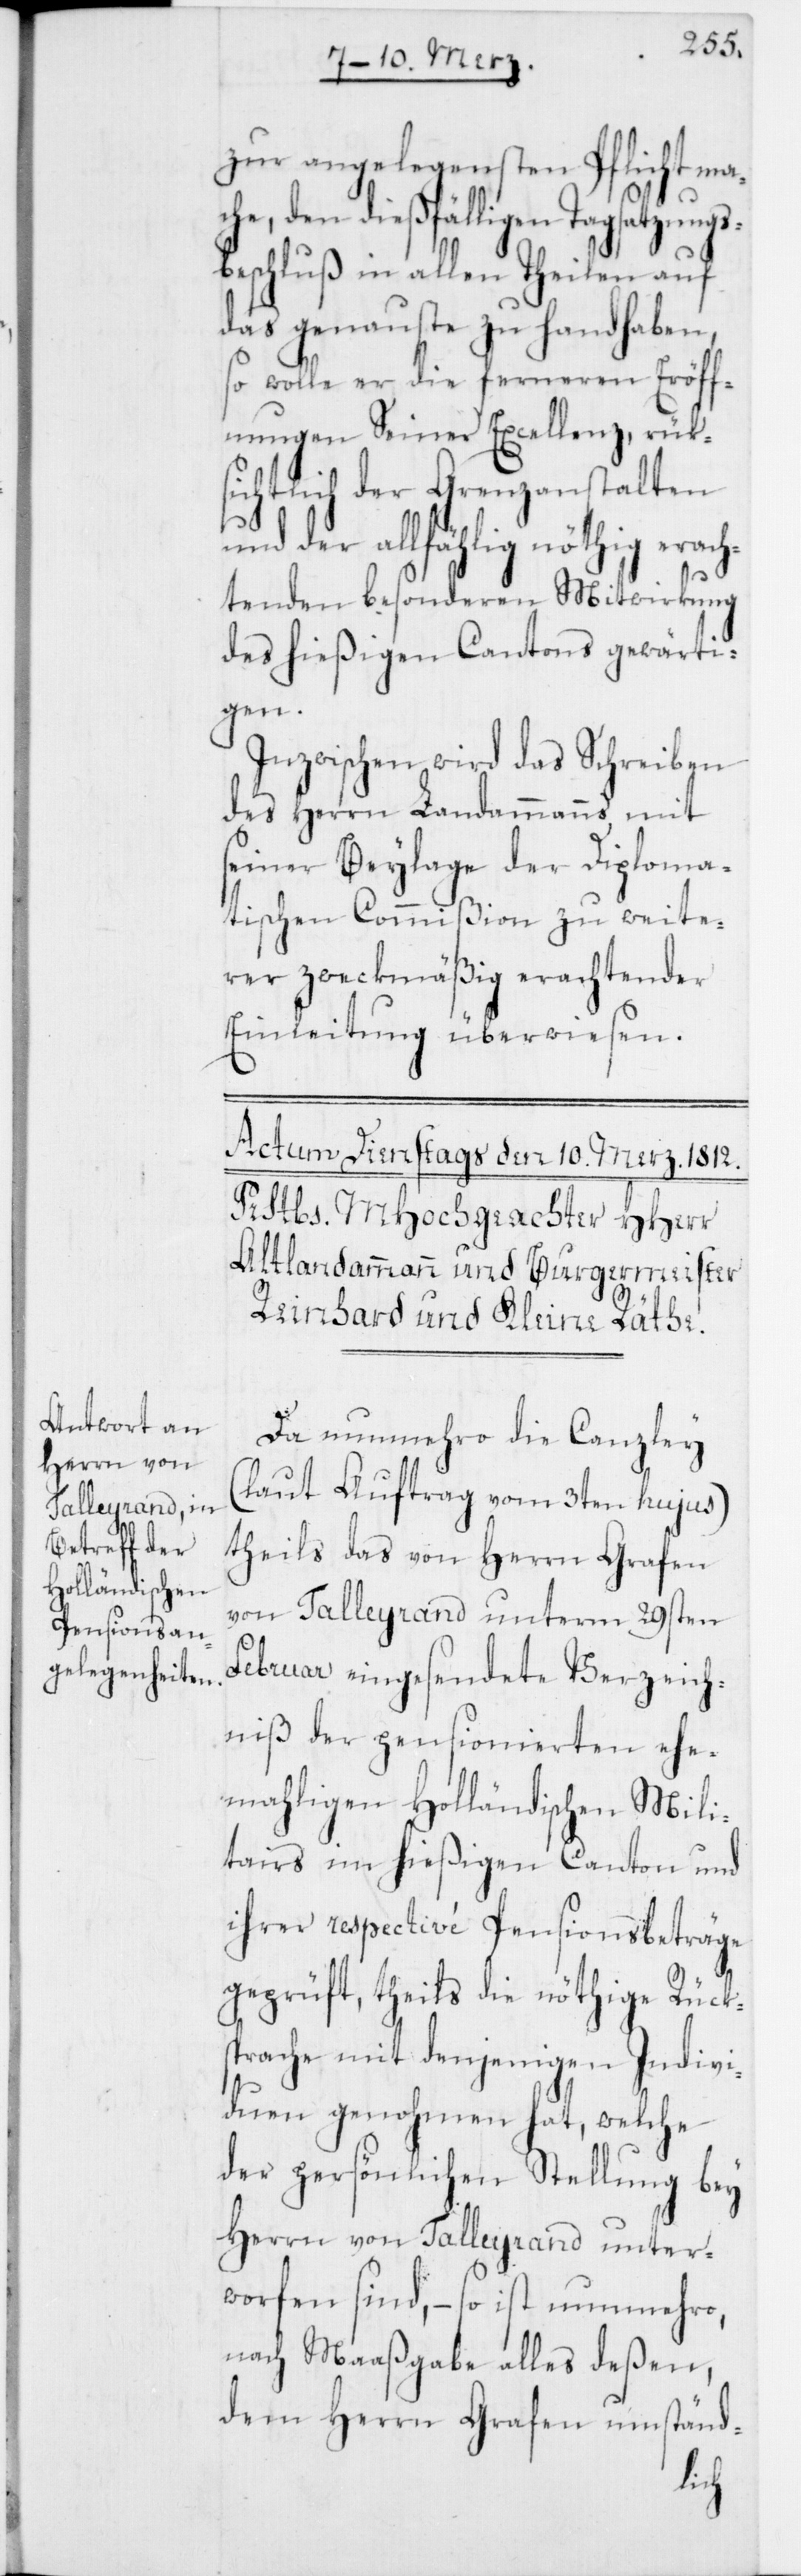
zur angelegensten Pflicht ma¬
che, den dießfälligen Tagsatzungs¬
beschluß in allen Theilen auf
das genauste zu handhaben,
so wolle er die ferneren Eröff¬
nungen Seiner Excellenz, rük¬
sichtlich der Grenzanstalten
und der allfählig nöthig erach¬
tenden besonderen Mitwirkung
des hießigen Cantons gewärti¬
gen.
Inzwischen wird das Schreiben
des Herrn Landammanns mit
seiner Beylage der Diploma¬
tischen Commißion zu weite¬
rer zweckmäßig erachtender
Einleitung überwiesen.
Da nunmehro die Canzley
(laut Auftrag vom 3ten hujus)
theils das von Herrn Grafen
von Talleyrand unterm 29sten
Februar eingesendete Verzeich¬
niß der pensionierten ehe¬
mahligen Holländischen Mili¬
tairs im hießigen Canton und
ihrer respective Pensionsbeträge
geprüft, theils die nöthige Rücks¬
prache mit denjenigen Indivi¬
duen genohmen hat, welche
der persönlichen Stellung bey
Herrn von Talleyrand unter¬
worfen sind, – so ist nunmehro,
nach Maaßgabe alles deßen,
dem Herrn Grafen umständ-